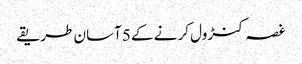
غصہ کنڑول کرنے کے 5آسان طریقے